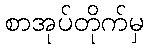
စာအုပ်တိုက်မှ